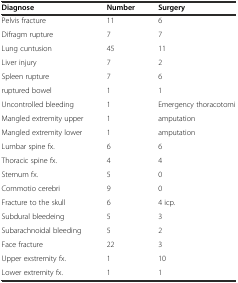
| Diagnose | Number | Surgery |
 | --- | --- | --- |
 | Pelvis fracture | 11 | 6 |
 | Difragm rupture | 7 | 7 |
 | Lung cuntusion | 45 | 11 |
 | Liver injury | 7 | 2 |
 | Spleen rupture | 7 | 6 |
 | ruptured bowel | 1 | 1 |
 | Uncontrolled bleeding | 1 | Emergency thoracotomi |
 | Mangled extremity upper | 1 | amputation |
 | Mangled extremity lower | 1 | amputation |
 | Lumbar spine fx. | 6 | 6 |
 | Thoracic spine fx. | 4 | 4 |
 | Sternum fx. | 5 | 0 |
 | Commotio cerebri | 9 | 0 |
 | Fracture to the skull | 6 | 4 icp. |
 | Subdural bleedeing | 5 | 3 |
 | Subarachnoidal bleeding | 5 | 2 |
 | Face fracture | 22 | 3 |
 | Upper exstremity fx. | 1 | 10 |
 | Lower extremity fx. | 1 | 1 |